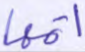
أتمها